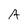
Character: A